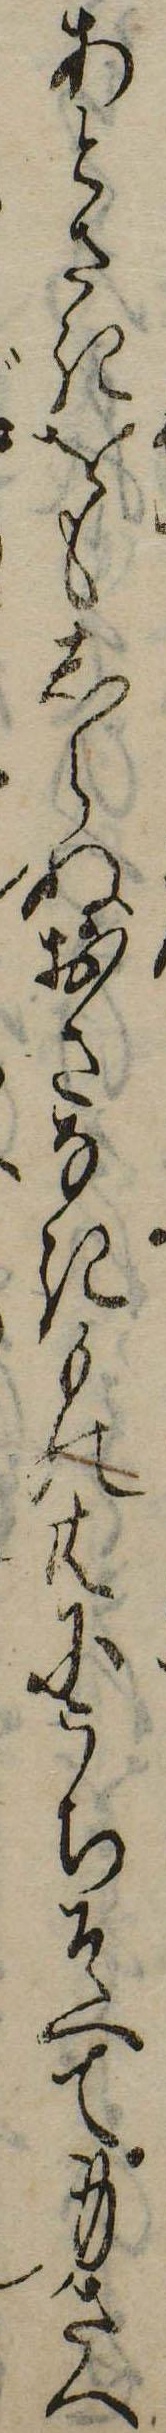
あとさきをもしらぬおさなきもの共にうちそへて身さへ